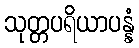
သုတ္တပရိယာပန္နံ